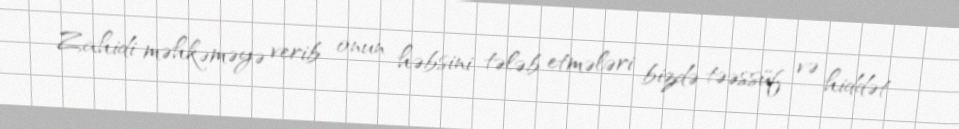
Zahidi məhkəməyə verib onun həbsini tələb etmələri bizdə təəssüf və hiddət